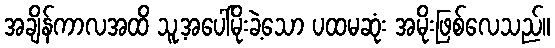
အချိန်ကာလအထိ သူ့အပေါ်မိုးခဲ့သော ပထမဆုံး အမိုးဖြစ်လေသည်။